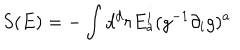
LaTeX: S ( E ) = - \int d ^ { d } r E _ { a } ^ { i } ( g ^ { - 1 } \partial _ { i } g ) ^ { a }